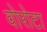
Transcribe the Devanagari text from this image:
वोरोटा